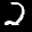
Label: 2